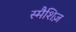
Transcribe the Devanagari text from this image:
स्मैशिज़